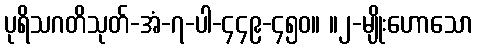
ပုရိသဂတိသုတ်-အံ-၇-ပါ-၄၄၉-၄၅၀။ ။၂-မျိုးဟောသော